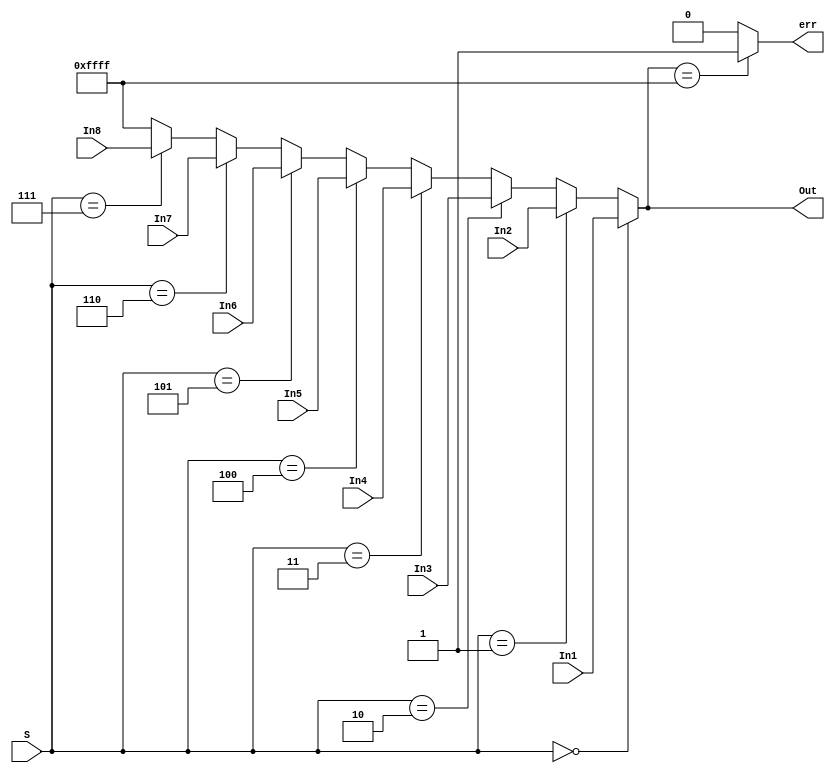
module mux8_1_16b(S, In1, In2, In3, In4, In5, In6, In7, In8, Out, err);

input [2:0] S;
input [15:0] In1;
input [15:0] In2;
input [15:0] In3;
input [15:0] In4;
input [15:0] In5;
input [15:0] In6;
input [15:0] In7;
input [15:0] In8;
output [15:0] Out;
output err;

assign Out = (S == 3'b000) ? In1 :
			 (S == 3'b001) ? In2 :
			 (S == 3'b010) ? In3 :
			 (S == 3'b011) ? In4 :
			 (S == 3'b100) ? In5 :
			 (S == 3'b101) ? In6 :
			 (S == 3'b110) ? In7 :
			 (S == 3'b111) ? In8 : 16'hFFFF;
			 
assign err = (Out == 16'hFFFF) ? 1'b1 : 1'b0;
			 
endmodule